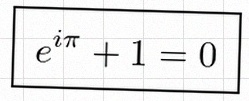
e^{i\pi}+1=0